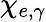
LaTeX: \chi_{e,\gamma}